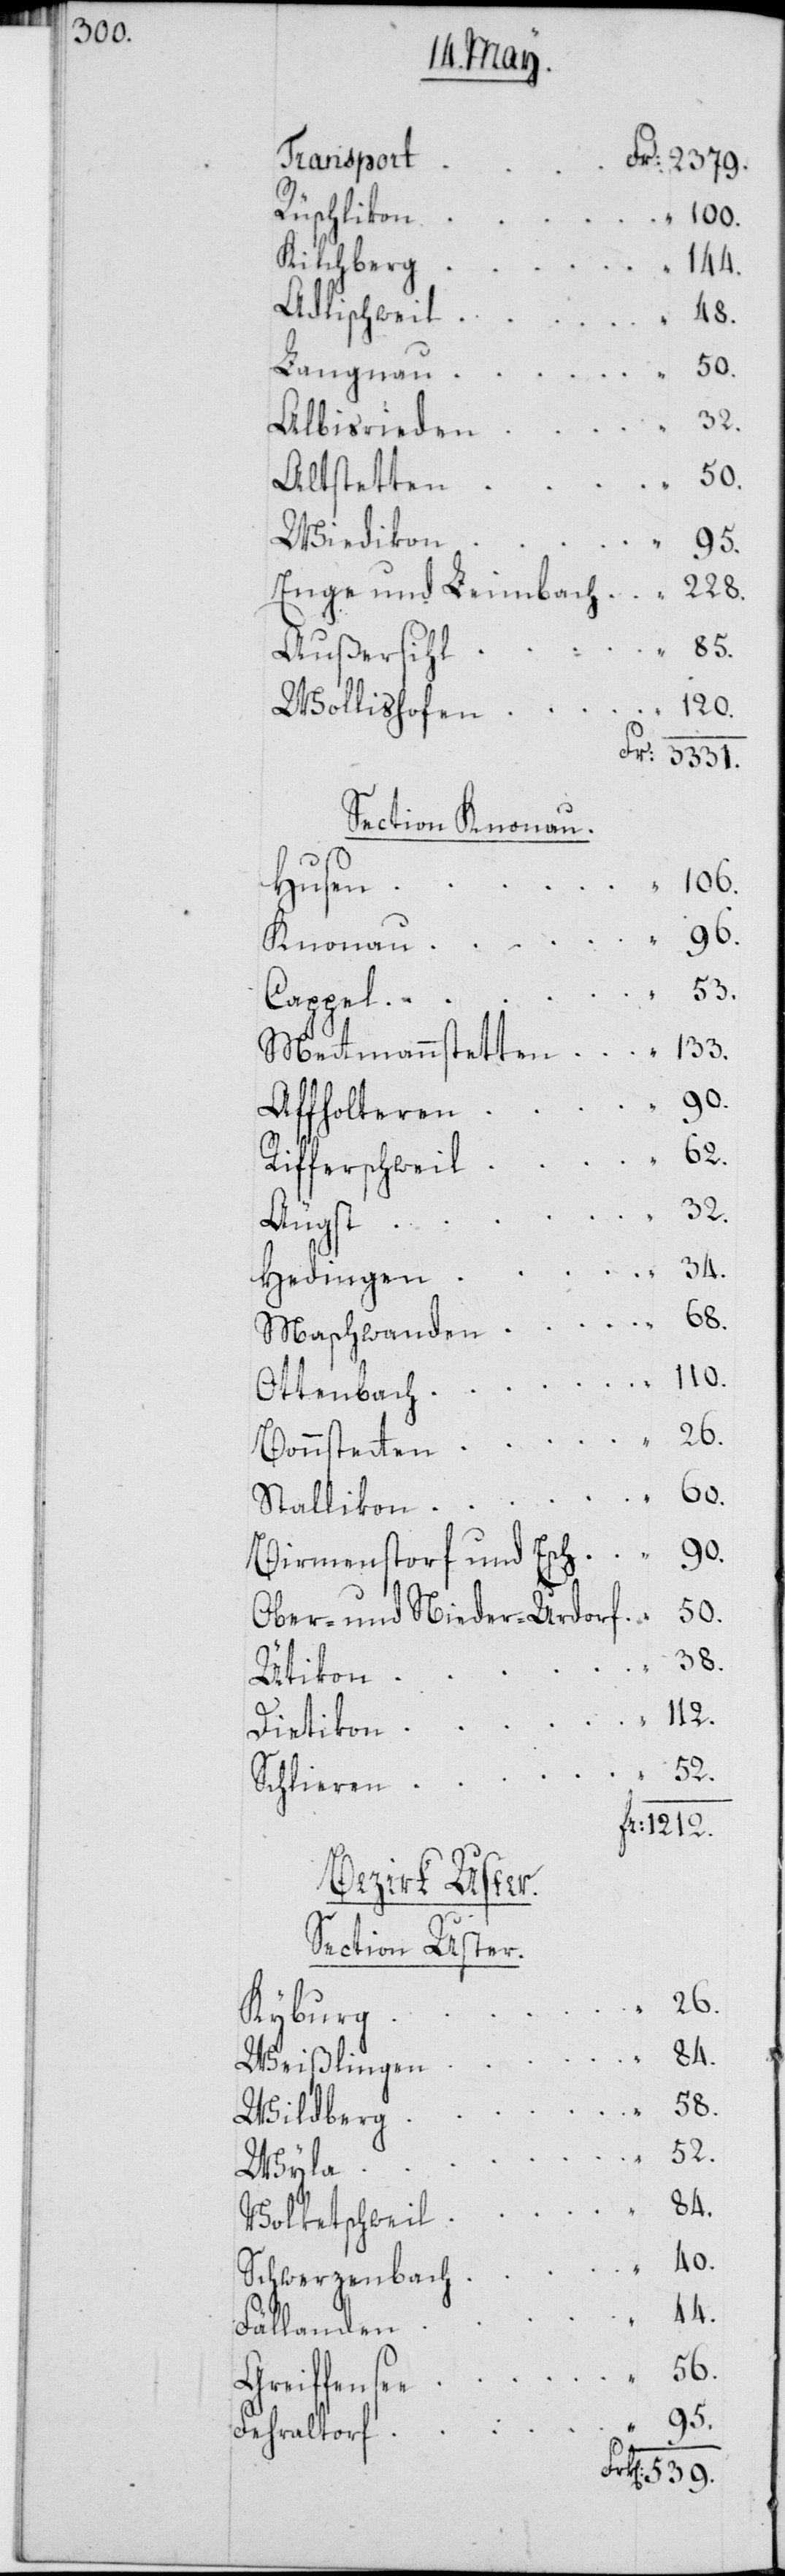
50.

Transport
Fr: 2379.
Rüschlikon
100.
Kilchberg
144.
Adlischweil
48.
Albisrieden
Altstetten
Wiedikon “
539.
Enge und Leimbach 	“ 228.
Außersihl
Wollishofen
Fr: 3331.
Section Knonau.
Husen
Knonau
Cappel
Mettmannstetten 	“ 133.
Affholteren
62.
Rifferschweil
Äugst
Hedingen
Maschwanden 	“ 68.
Ottenbach 	“ 110.
Bonnstetten 	“ 26.
Stallikon 	“ 60.
Birmenstorf und Esch 	“ 90.
Ober- und Nieder-Urdorf “ 50.
Ütikon
112.
Dietikon
52.
Schlieren
Fr: 1212.
Bezirk Uster.
Section Uster.
56.
Kyburg
Weißlingen
“
Wildberg
Wyla
Volketschweil 	“ 84.
Schwerzenbach 	“ 40.
44.
Fällanden
Greiffensee
Fehraltorf